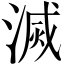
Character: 滅